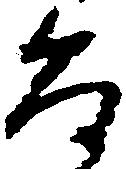
な